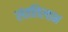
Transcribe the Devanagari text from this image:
संततिलाभ